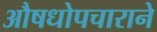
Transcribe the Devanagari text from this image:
औषधोपचाराने